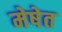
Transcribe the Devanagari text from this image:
मेषेत